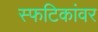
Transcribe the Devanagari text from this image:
स्फटिकांवर